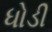
ધોડી